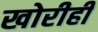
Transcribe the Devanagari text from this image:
खोरीही